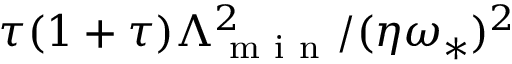
\tau ( 1 + \tau ) \Lambda _ { \mathrm { ~ m ~ i ~ n ~ } } ^ { 2 } / ( \eta \omega _ { \ast } ) ^ { 2 }